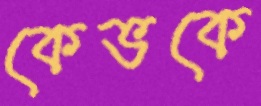
কেভকে